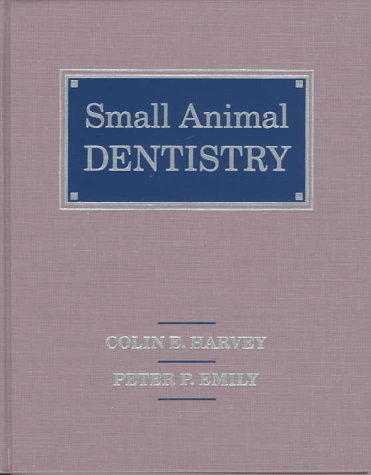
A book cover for Small Animal Dentistry; Colin E. Harvey BVSc  FRCVS  DipACVS  DipAVDC; Medical Books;